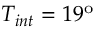
T _ { i n t } = 1 9 ^ { \mathrm { o } }